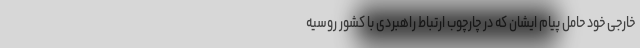
خارجی خود حامل پیام ایشان که در چارچوب ارتباط راهبردی با کشور روسیه